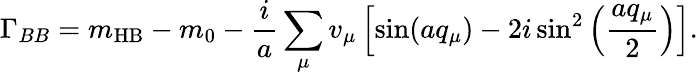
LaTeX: \Gamma_{BB}=m_{\mathrm{HB}}-m_{0}-\frac{i}{a}\sum_{\mu}{v_{\mu}}\left[\sin(aq_{\mu})-2i\sin^{2}\left(\frac{aq_{\mu}}{2}\right)\right].